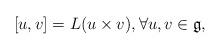
LaTeX: \begin{align*} [u,v] = L(u\times v),\forall u,v\in \mathfrak{g},\end{align*}